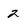
Character: 2